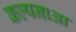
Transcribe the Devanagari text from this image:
कल्पनाआ